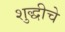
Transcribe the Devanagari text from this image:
शुद्धीचे